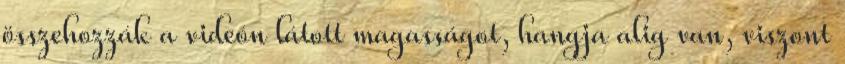
összehozzák a videón látott magasságot, hangja alig van, viszont